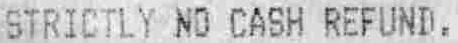
STRICTLY NO CASH REFUND.